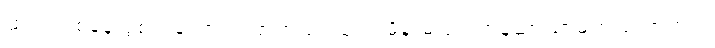
ထက်တစ်နေ့ ရွံစရာကောင်းလာတယ်၊ သူက မိန်းမပြည့်တန်ဆာသာမက ယောက်ျား